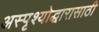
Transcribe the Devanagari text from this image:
अस्पृश्योद्धारासाठी